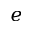
e